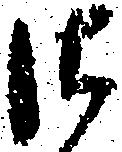
御